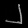
Digit: ၂